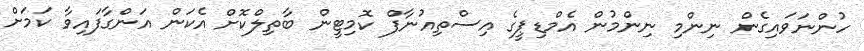
ހުންނަވައިގެން ނިންމި ނިންމުން އެމްޑިޕީގެ އިސްތިއުނާފް ކޮމިޓީން ބާތިލްކޮށް އެކަން އަންގާފައިވާ ކަމަށް